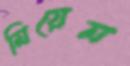
মিয়েন